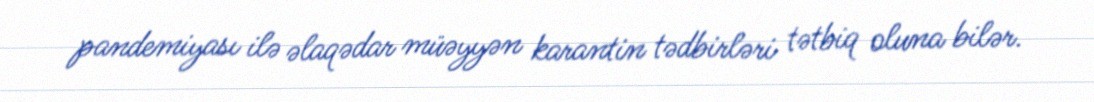
pandemiyası ilə əlaqədar müəyyən karantin tədbirləri tətbiq oluna bilər.